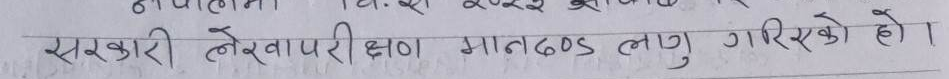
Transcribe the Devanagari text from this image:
सरकारी लेखापरीक्षण मानदण्ड लागु गरिएको हो।